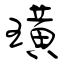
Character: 璜